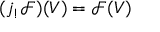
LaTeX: ( j _ { ! } { \mathcal { F } } ) ( V ) = { \mathcal { F } } ( V )